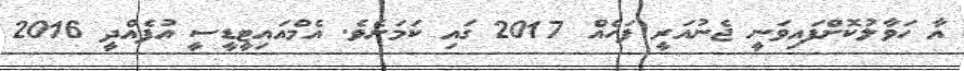
އާ ހަވާލުކޮށްފައިވަނީ ޖެނުއަރީ ފަހެއް 2017 ގައި ކަމަށެވެ. އެމްއައިޓީޑީސީ އުފެއްދީ 2016